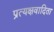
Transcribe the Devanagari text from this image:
प्रत्यक्षवादिता